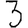
Digit: 3